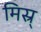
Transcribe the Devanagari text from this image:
मिस्र्